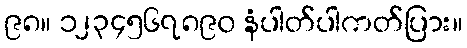
၉၈။ ၁၂၃၄၅၆၇၈၉၀ နံပါတ်ပါကတ်ပြား။